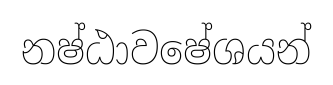
නෂ්ඨාවෂේශයන්